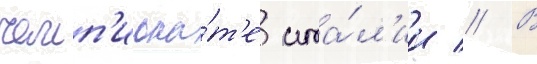
чемп'иона́т'е ита́л'ии // В